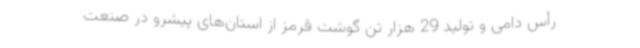
رأس دامی و تولید 29 هزار تن گوشت قرمز از استان‌های پیشرو در صنعت